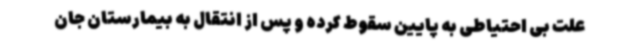
علت بی احتیاطی به پایین سقوط کرده و پس از انتقال به بیمارستان جان